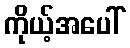
ကိုယ့်အပေါ်